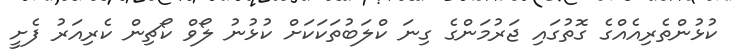
ކުޅުންތެރިއެއްގެ ގޮތުގައި ޖަރުމަންގެ ގިނަ ކްލަބުތަކަކަށް ކުޅުނު ލޯވް ކޯޗިން ކެރިއަރު ފެށީ